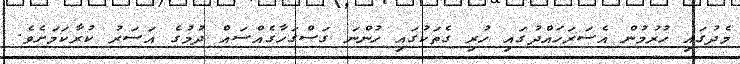
މެދުގައި ހުރުމުން އެސަރަހައްދުގައި ހުރި ގެތަކުގައި ހުންނަ ގަސްގަހާގެއްސައް ދުމުގެ އަސަރު ކުރާކަމަށެވެ.